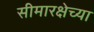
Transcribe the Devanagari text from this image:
सीमारक्षेच्या